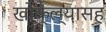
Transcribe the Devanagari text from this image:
खोक्ल्यासह